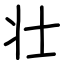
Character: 壮